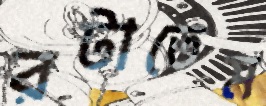
রটাতেম